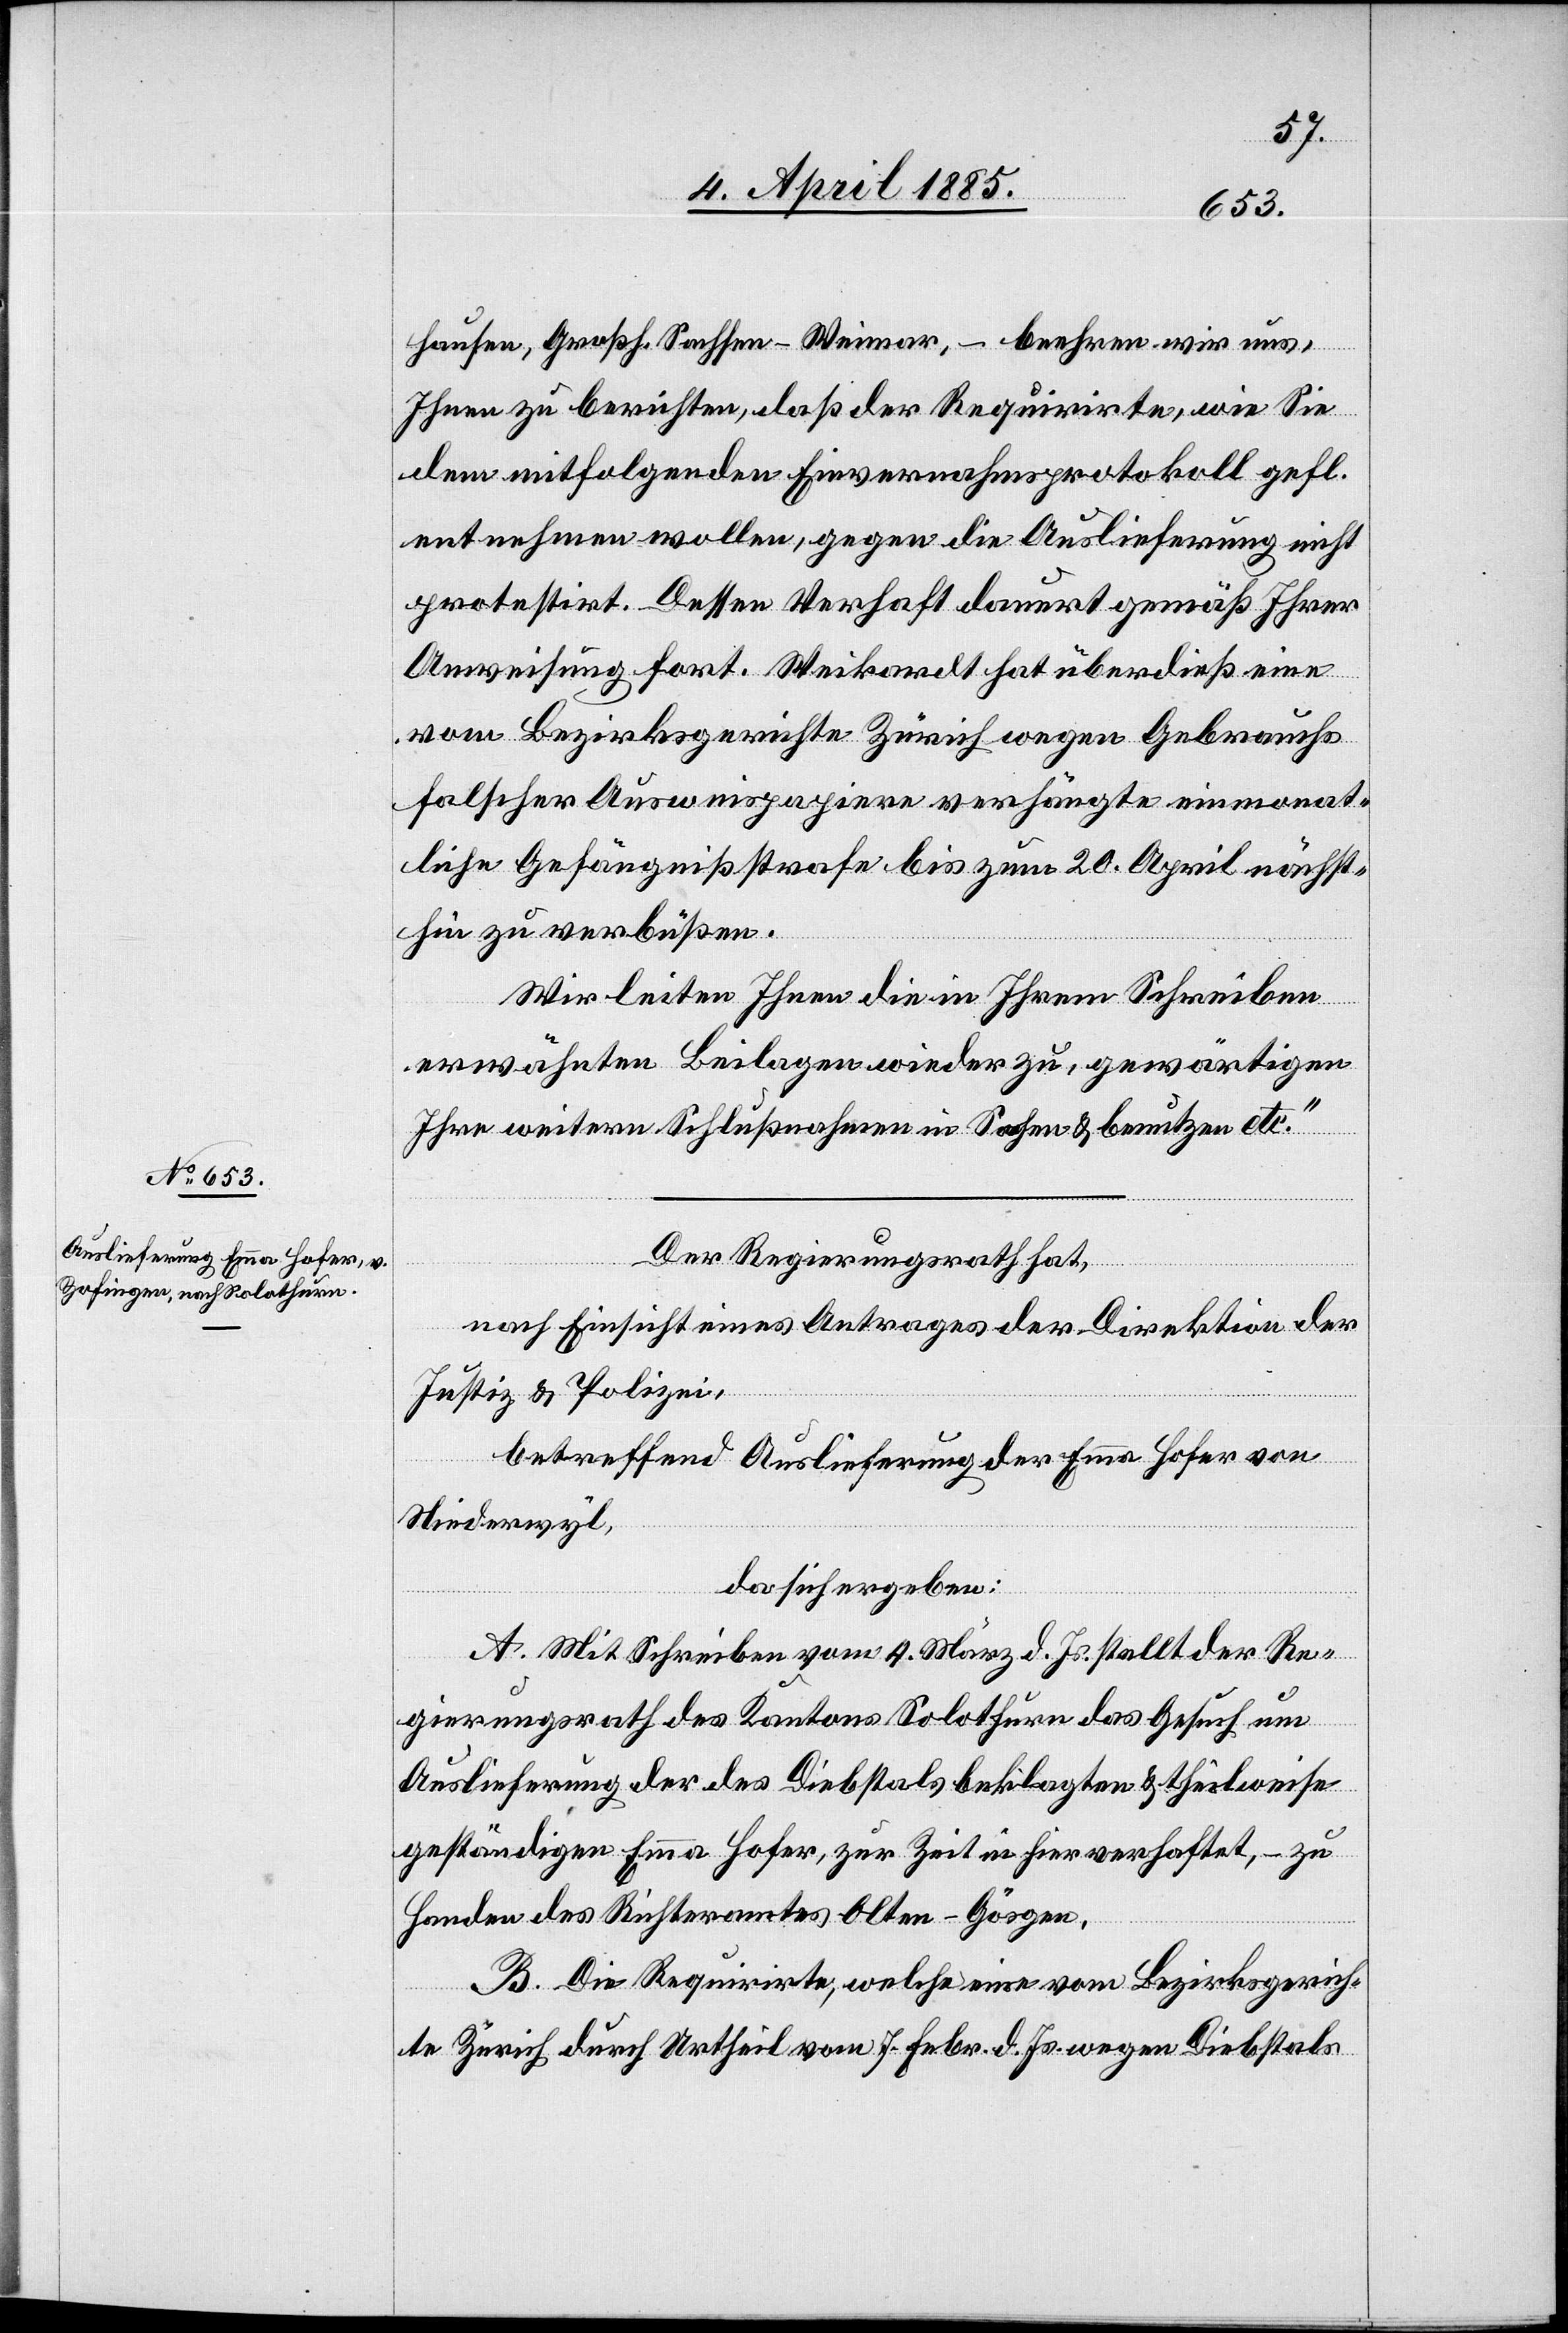
hausen, Großh. Sachsen - Weimar, – beehren wir uns,
Ihnen zu berichten, daß der Requirirte, wie Sie
dem mitfolgenden Einvernahmsprotokoll gefl.
entnehmen wollen, gegen die Auslieferung nicht
protestirt. Dessen Verhaft dauert gemäß Ihrer
Ausweisung fort. Weikardt hat überdieß eine
vom Bezirksgerichte Zürich wegen Gebrauchs
falscher Ausweispapiere verhängte einmonat¬
liche Gefängnißstrafe bis zum 20. April nächst¬
hin zu verbüßen.
Wir leiten Ihnen die in Ihrem Schreiben
erwähnten Beilagen wieder zu, gewärtigen
Ihre weitere Schlußnahme in Sachen & benutzen etc.“
Der Regierungsrath hat,
nach Einsicht eines Antrages der Direktion der
Justiz & Polizei,
betreffend Auslieferung der Emma Hofer von
Niederwyl,
da sich ergeben:
A. Mit Schreiben vom 4. März d. Js. stellt der Re¬
gierungsrath des Kantons Solothurn das Gesuch um
Auslieferung der des Diebstals beklagten & theilweise
geständigen Emma Hofer, zur Zeit in hier verhaftet, – zu
Handen des Richteramtes Olten - Gösgen.
B. Die Requirirte, welche eine vom Bezirksgerich¬
te Zürich durch Urtheil vom 7. Febr. d. Js. wegen Diebstals